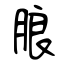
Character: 朖